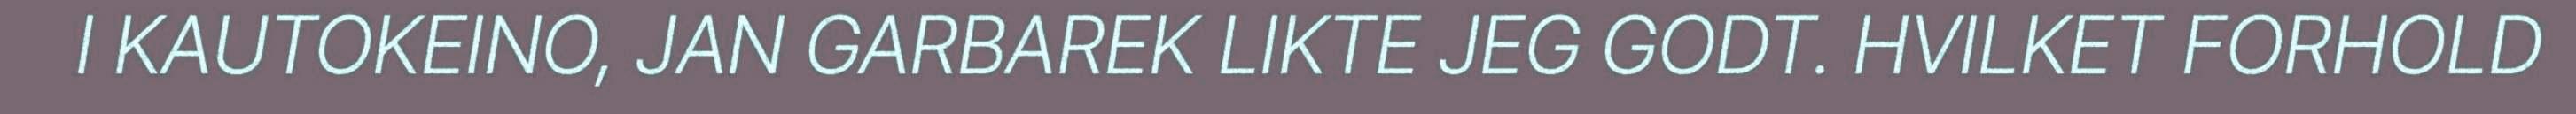
I KAUTOKEINO, JAN GARBAREK LIKTE JEG GODT. HVILKET FORHOLD